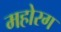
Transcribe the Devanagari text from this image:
महोरग